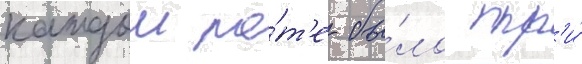
каждои ро́т'е бы́ло тр'и́